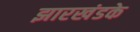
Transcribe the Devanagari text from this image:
झारखंडके